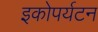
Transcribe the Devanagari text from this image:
इकोपर्यटन